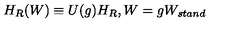
H _ { R } ( W ) \equiv U ( g ) H _ { R } , W = g W _ { s t a n d }